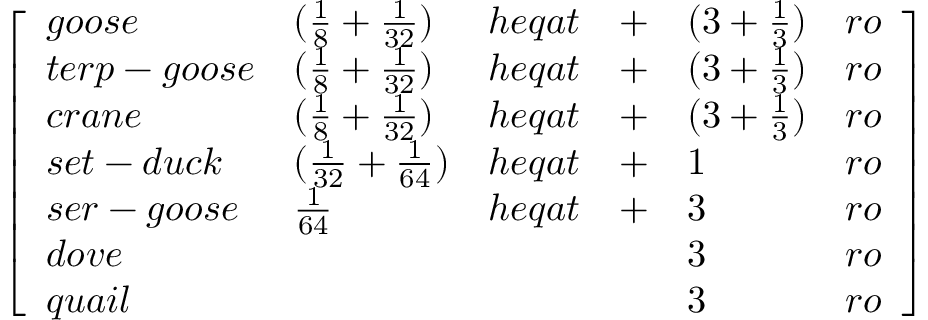
{ \left[ \begin{array} { l l l l l l } { g o o s e } & { ( { \frac { 1 } { 8 } } + { \frac { 1 } { 3 2 } } ) } & { h e q a t } & { + } & { ( 3 + { \frac { 1 } { 3 } } ) } & { r o } \\ { t e r p - g o o s e } & { ( { \frac { 1 } { 8 } } + { \frac { 1 } { 3 2 } } ) } & { h e q a t } & { + } & { ( 3 + { \frac { 1 } { 3 } } ) } & { r o } \\ { c r a n e } & { ( { \frac { 1 } { 8 } } + { \frac { 1 } { 3 2 } } ) } & { h e q a t } & { + } & { ( 3 + { \frac { 1 } { 3 } } ) } & { r o } \\ { s e t - d u c k } & { ( { \frac { 1 } { 3 2 } } + { \frac { 1 } { 6 4 } } ) } & { h e q a t } & { + } & { 1 } & { r o } \\ { s e r - g o o s e } & { { \frac { 1 } { 6 4 } } } & { h e q a t } & { + } & { 3 } & { r o } \\ { d o v e } & & & & { 3 } & { r o } \\ { q u a i l } & & & & { 3 } & { r o } \end{array} \right] }